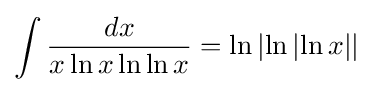
\int {\frac {dx}{x\ln x\ln \ln x}}=\ln \left|\ln \left|\ln x\right|\right|